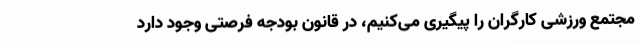
مجتمع ورزشی کارگران را پیگیری می‌کنیم، در قانون بودجه فرصتی وجود دارد